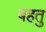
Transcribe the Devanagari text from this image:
बहतु